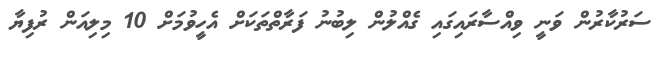
ސަރުކާރުން ވަނީ ވިއްސާރައިގައި ގެއްލުން ލިބުނު ފަރާތްތަކަށް އެހީވުމަށް 10 މިލިއަން ރުފިޔާ